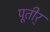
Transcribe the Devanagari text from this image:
पूतीर्